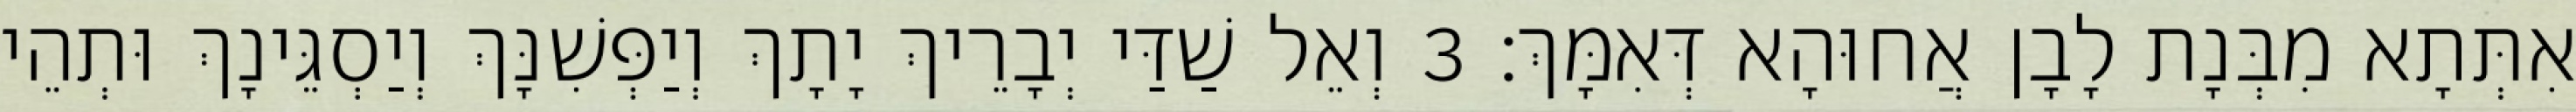
אִתְּתָא מִבְּנָת לָבָן אֲחוּהָא דְּאִמָּךְ׃ 3 וְאֵל שַׁדַּי יְבָרֵיךְ יָתָךְ וְיַפְּשִׁנָּךְ וְיַסְגֵּינָךְ וּתְהֵי